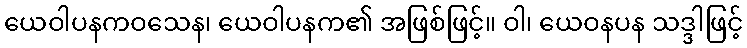
ယေဝါပနကဝသေန၊ ယေဝါပနက၏ အဖြစ်ဖြင့်။ ဝါ၊ ယေဝနပန သဒ္ဒါဖြင့်